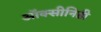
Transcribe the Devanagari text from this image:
ऑक्सीनिडी